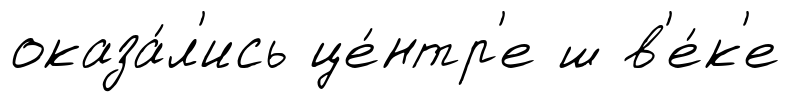
оказа́л'ись це́нтр'е ш в'е́к'е